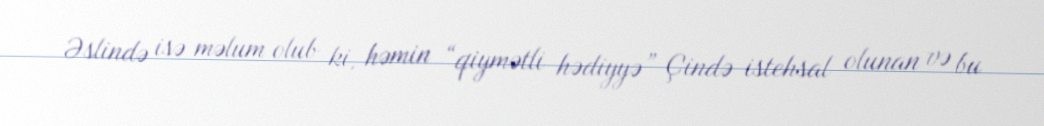
Əslində isə məlum olub ki, həmin “qiymətli hədiyyə” Çində istehsal olunan və bu